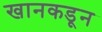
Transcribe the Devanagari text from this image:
खानकडून